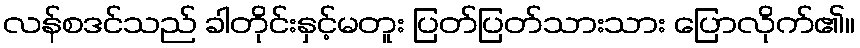
လန်စဒင်သည် ခါတိုင်းနှင့်မတူး ပြတ်ပြတ်သားသား ပြောလိုက်၏။